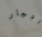
ادجار